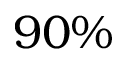
9 0 \%